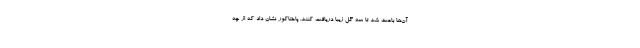
آن‌ها باعث شد تا سه گل زیبا دریافت کنند. پاختاکور نشان داد که از چه